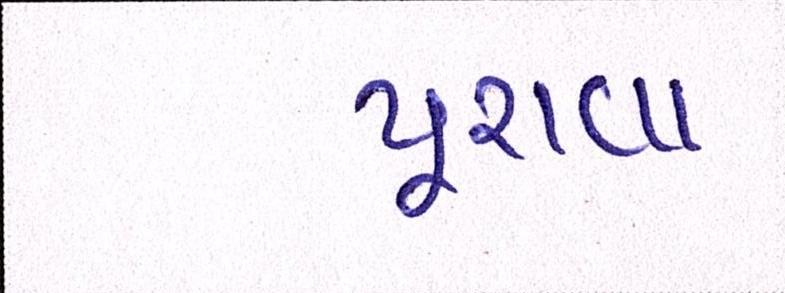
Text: પૂરાવા